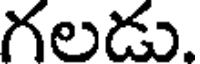
గలడు.